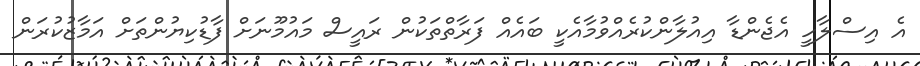
އެ އިސްލާހީ އެޖެންޑާ އިއުލާންކުރެއްވުމާއެކީ ބައެއް ފަރާތްތަކުން ރައީސް މައުމޫނަށް ފާޑުކިޔުންތަށް އަމާޒުކުރަން